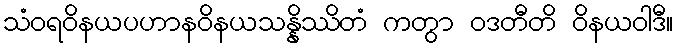
သံဝရဝိနယပဟာနဝိနယသန္နိဿိတံ ကတွာ ဝဒတီတိ ဝိနယဝါဒီ။